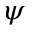
\psi